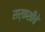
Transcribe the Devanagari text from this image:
सर्कशीचे